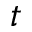
t